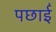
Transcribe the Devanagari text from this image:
पछाईं